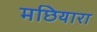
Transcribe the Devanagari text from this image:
मछियारा